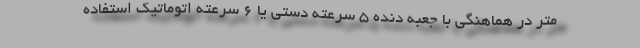
متر در هماهنگی با جعبه دنده 5 سرعته دستی یا 6 سرعته اتوماتیک استفاده